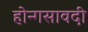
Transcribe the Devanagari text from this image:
होन्गसावदी